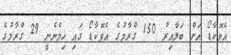
އެވޮކާޑޯ އަށް ބަލާއިރު 150 ގްރާމުގެ އެވޮކާޑޯ ގައި ހިމެނެނީ 29 ގްރާމުގެ